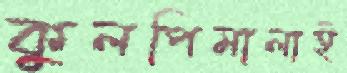
কুলপিমালাই